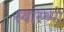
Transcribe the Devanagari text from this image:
स्‍वास्‍थ्‍या